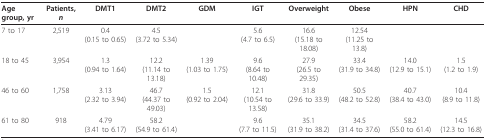
<table><thead><tr><td><b>Age group, yr</b></td><td><b>Patients, <i>n</i></b></td><td><b>DMT1</b></td><td><b>DMT2</b></td><td><b>GDM</b></td><td><b>IGT</b></td><td><b>Overweight</b></td><td><b>Obese</b></td><td><b>HPN</b></td><td><b>CHD</b></td></tr></thead><tbody><tr><td>7 to 17</td><td>2,519</td><td>0.4(0.15 to 0.65)</td><td>4.5(3.72 to 5.34)</td><td></td><td>5.6(4.7 to 6.5)</td><td>16.6(15.18 to 18.08)</td><td>12.54(11.25 to 13.8)</td><td></td><td></td></tr><tr><td>18 to 45</td><td>3,954</td><td>1.3(0.94 to 1.64)</td><td>12.2(11.14 to 13.18)</td><td>1.39(1.03 to 1.75)</td><td>9.6(8.64 to 10.48)</td><td>27.9(26.5 to 29.35)</td><td>33.4(31.9 to 34.8)</td><td>14.0(12.9 to 15.1)</td><td>1.5(1.2 to 1.9)</td></tr><tr><td>46 to 60</td><td>1,758</td><td>3.13(2.32 to 3.94)</td><td>46.7(44.37 to 49.03)</td><td>1.5(0.92 to 2.04)</td><td>12.1(10.54 to 13.58)</td><td>31.8(29.6 to 33.9)</td><td>50.5(48.2 to 52.8)</td><td>40.7(38.4 to 43.0)</td><td>10.4(8.9 to 11.8)</td></tr><tr><td>61 to 80</td><td>918</td><td>4.79(3.41 to 6.17)</td><td>58.2(54.9 to 61.4)</td><td></td><td>9.6(7.7 to 11.5)</td><td>35.1(31.9 to 38.2)</td><td>34.5(31.4 to 37.6)</td><td>58.2(55.0 to 61.4)</td><td>14.5(12.3 to 16.8)</td></tr></tbody></table>